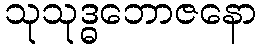
သုသုဒ္ဓဘောဇနော